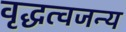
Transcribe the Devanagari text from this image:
वृद्धत्वजन्य